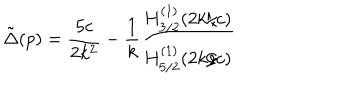
\tilde { \Delta } ( p ) = \frac { 5 c } { 2 k ^ { 2 } } - \frac { 1 } { k } \frac { H _ { 3 / 2 } ^ { ( 1 ) } ( 2 k / c ) } { H _ { 5 / 2 } ^ { ( 1 ) } ( 2 k / c ) }